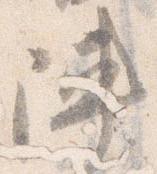
陣